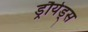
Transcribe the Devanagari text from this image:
ड्रौयेड्स